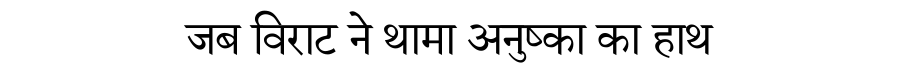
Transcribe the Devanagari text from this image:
जब विराट ने थामा अनुष्का का हाथ